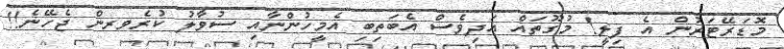
މޮޑަރޭޓަރުން އެ ފިލީ! މުގޫތައް އަދިވެސް އެބަތިބި އެމީހުންނާއި ސުވާލު ކުރެވރން ޖެހޭނެ!!